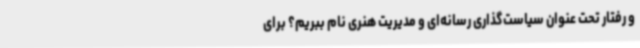
و رفتار تحت عنوان سیاست‌گذاری رسانه‌ای و مدیریت هنری نام ببریم؟ برای